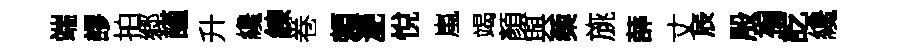
端謬拍郷謹升纔練卷頼灧悅嵐竭顏與蔾旐薛丈辰殷褊訖纔